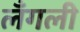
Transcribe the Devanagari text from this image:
लँगली